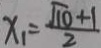
x _ { 1 } = \frac { \sqrt { 1 0 } + 1 } { 2 }